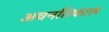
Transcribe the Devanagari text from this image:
अवनतिकाल